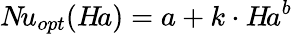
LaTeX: N\! u_{opt}(H\! a)=a+k\cdot H\! a^{b}